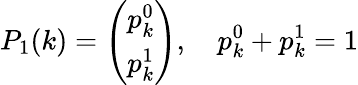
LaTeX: P_{1}(k)=\left(\begin{array}{l}{p_{k}^{0}}\\ {p_{k}^{1}}\end{array}\right),\quad p_{k}^{0}+p_{k}^{1}=1